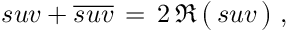
\; s u v + { \overline { { s u v } } } \, = \, 2 \, \Re \, { \bigl ( } \, s u v \, { \bigr ) } \; ,